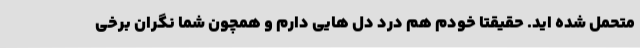
متحمل شده اید. حقیقتا خودم هم درد دل هایی دارم و همچون شما نگران برخی